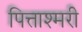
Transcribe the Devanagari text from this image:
पित्ताश्मरी